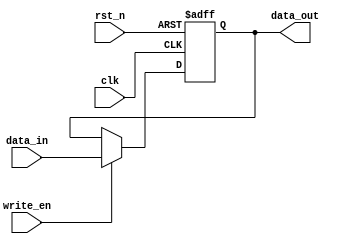
module Fallback_Bypass_Register (
    input wire clk,
    input wire rst_n,
    input wire [DATA_WIDTH-1:0] data_in,
    input wire write_en,
    output reg [DATA_WIDTH-1:0] data_out
);

parameter DATA_WIDTH = 8;

reg [DATA_WIDTH-1:0] fallback_data;

always @(posedge clk or negedge rst_n) begin
    if (~rst_n) begin
        fallback_data <= 0;
    end else if (write_en) begin
        fallback_data <= data_in;
    end
end

assign data_out = fallback_data;

endmodule